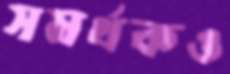
সমর্থকও